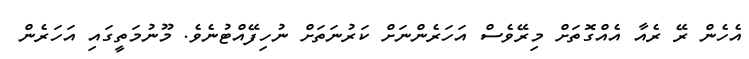
އެހެން ރޭ ރެއާ އެއްގޮތަށް މިރޭވެސް އަހަރެންނަށް ކަރުނަތަށް ނުހިފޭއްޓުނެވެ. މޫނުމަތީގައި އަހަރެން